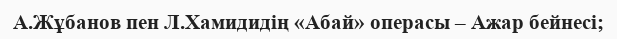
А.Жұбанов пен Л.Хамидидің «Абай» операсы – Ажар бейнесі;